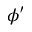
\phi ^ { \prime }